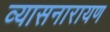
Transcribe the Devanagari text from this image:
व्यासनारायण